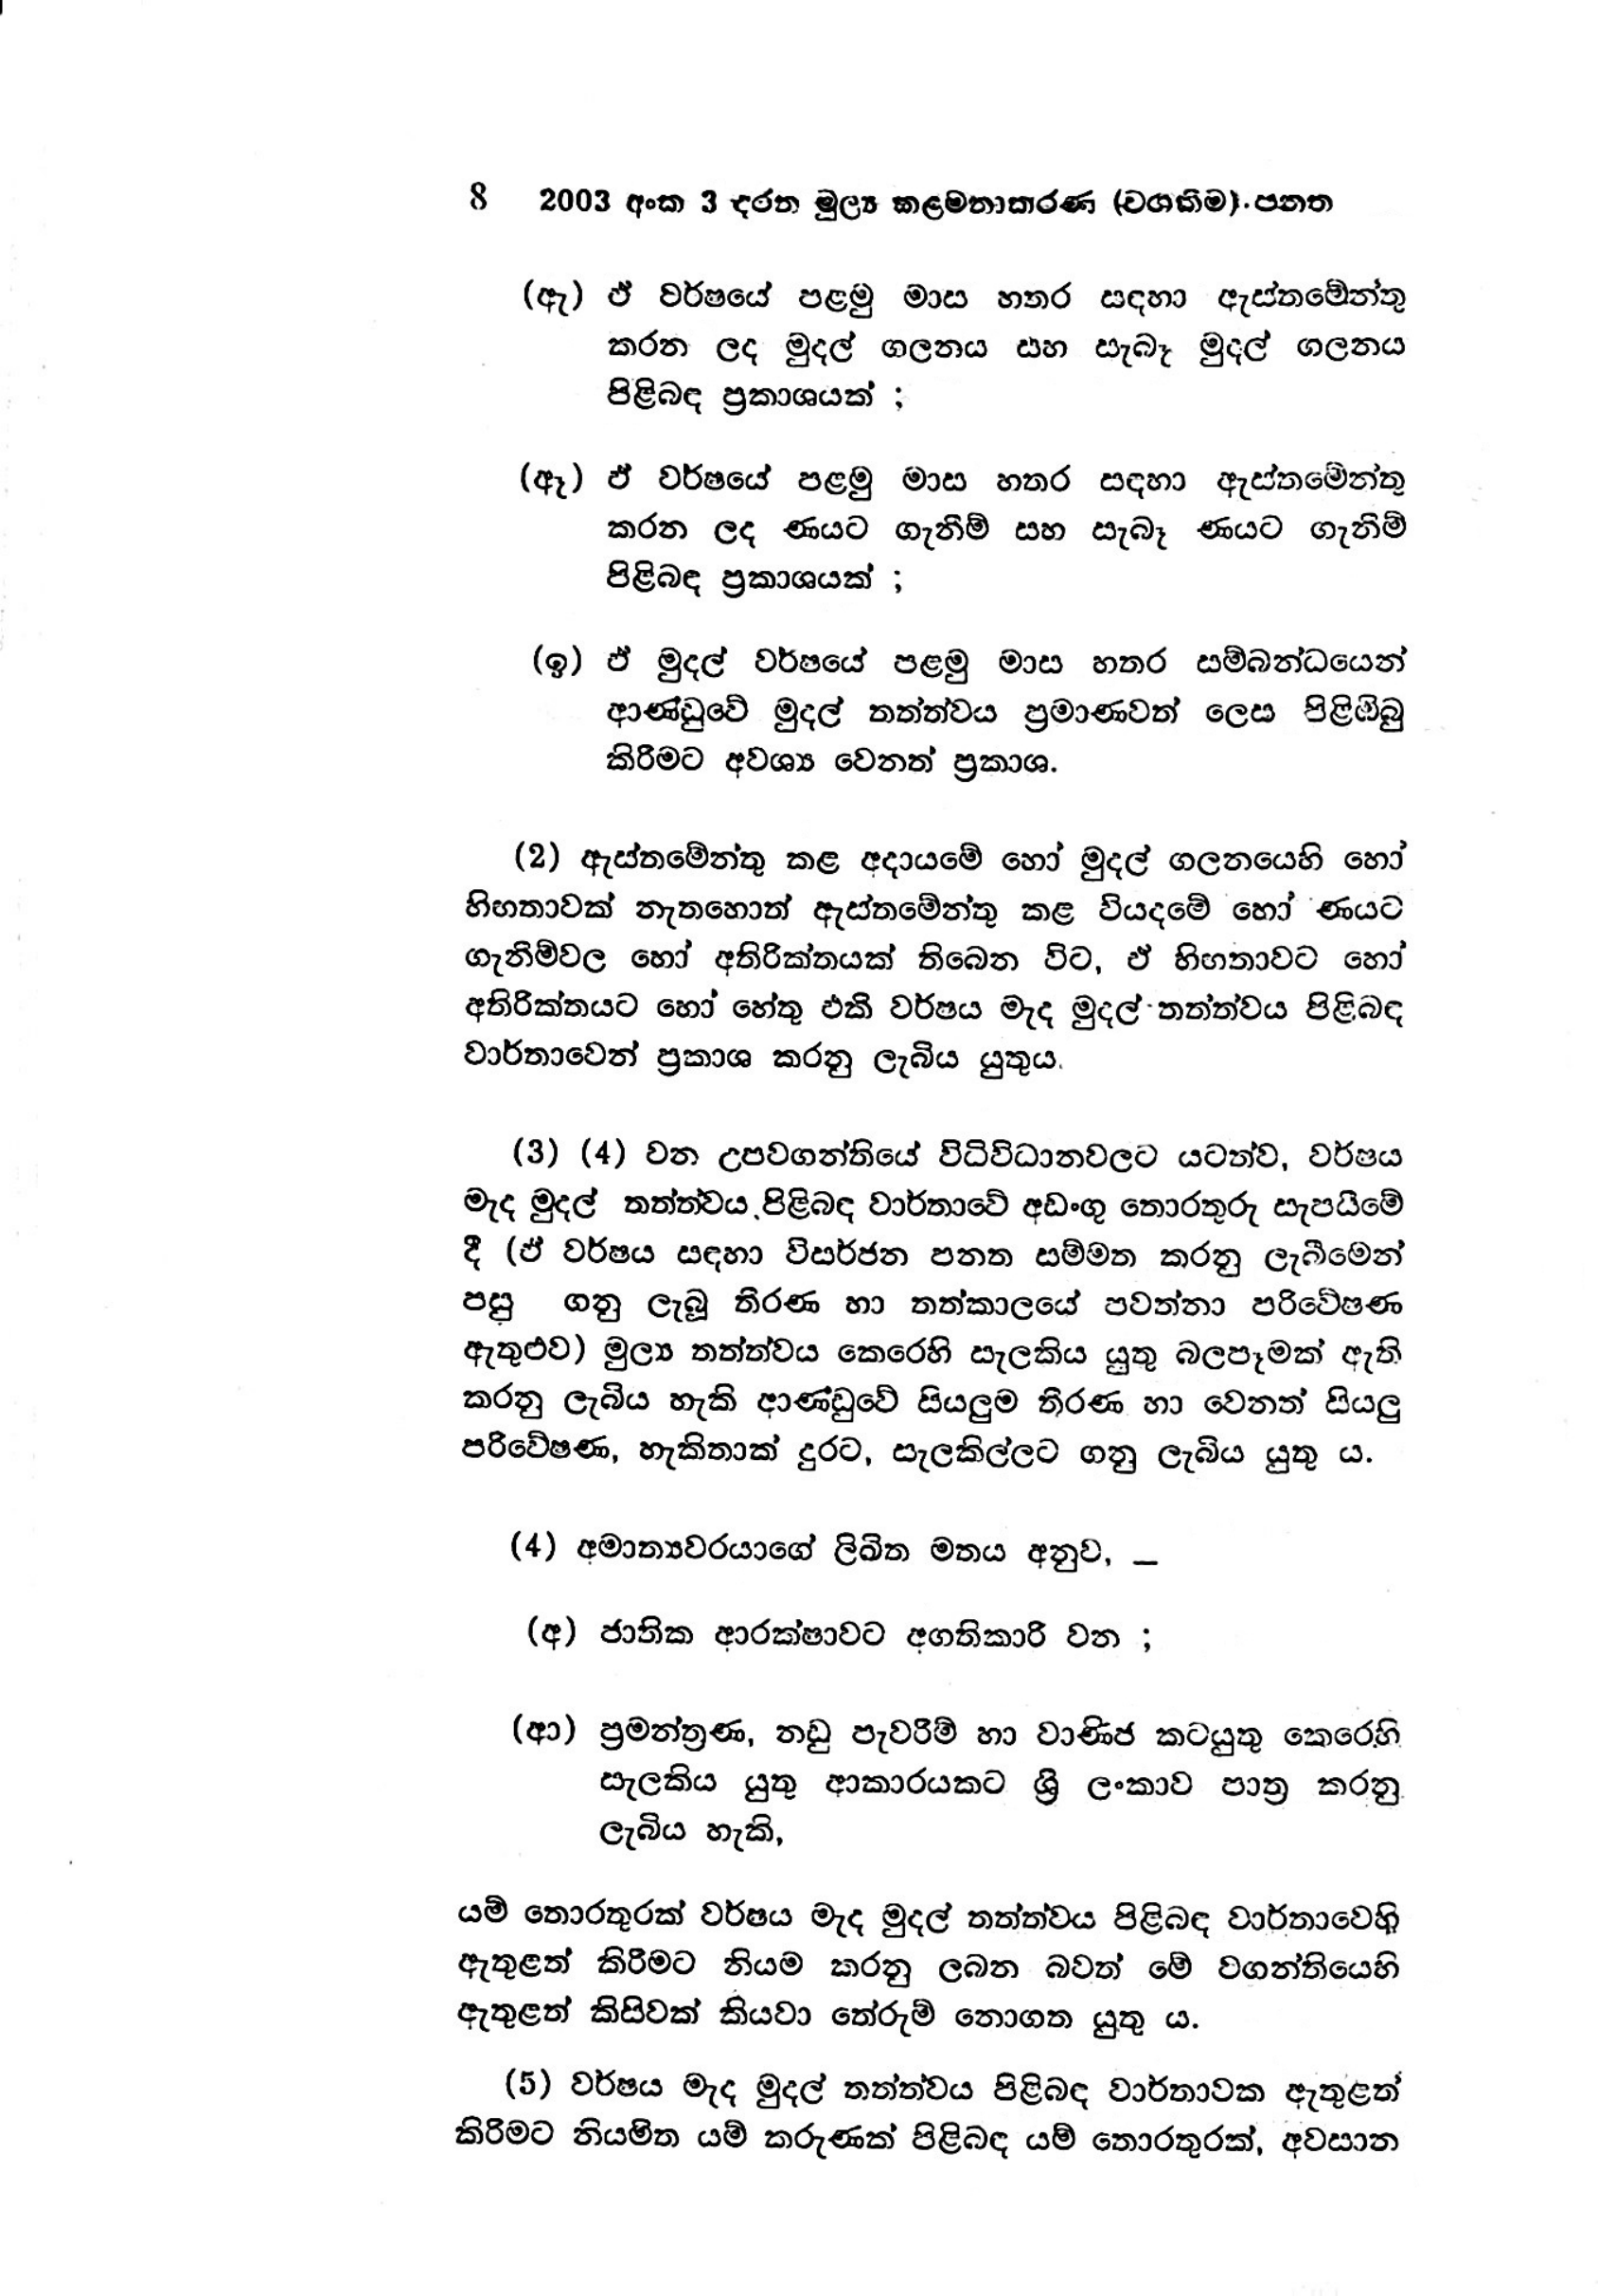
8 2003 අංක 3 දරන මුල්‍ය කළමනාකරණ (වගකීම) පනත

(ඇ) ඒ වර්ෂයේ පළමු මාස හතර සඳහා ඇස්තමේන්තු
කරන ලද මුදල් ගලනය සහ සැබෑ මුදල් ගලනය
පිළිබඳ ප්‍රකාශයක් ;

(ඈ) ඵ් වර්ෂයේ පළමු මාස හතර සඳහා ඇස්තමේන්තු
කරන ලද ණයට ගැනීම් සහ සැබෑ ණයට ගැනීම්
පිළිබඳ ප්‍රකාශයක් ;

(ඉ) ඒ මුදල් වර්ෂයේ පළමු මාස හතර සම්බන්ධයෙන්
ආණ්ඩුවේ මුදල් තත්ත්වය ප්‍රමාණවත් ලෙස පිළිඹිබු
කිරීමට අවශ්‍ය වෙනත් ප්‍රකාශ.

(2) ඇස්තමේන්තු කළ අදායමේ හෝ මුදල් ගලනයෙහි හෝ
හිඟතාවක් නැතහොත් ඇස්තමේන්තු කළ වියදමේ හෝ ණයට
ගැනිම්වල හෝ අතිරික්තයක් තිබෙන විට, ඒ හිඟතාවට හෝ
අතිරික්තයට හෝ හේතු එකි වර්ෂය මැද මුදල් තත්ත්වය පිළිබඳ
වාර්තාවෙන් ප්‍රකාශ කරනු ලැබිය යුතුය.

(3) (4) වන උපවගන්තියේ විධිවිධානවලට යටත්ව, වර්ෂය
මැද මුදල් තත්ත්වය,පිළිබඳ වාර්තාවේ අඩංගු තොරතුරු සැපයීමේ
දී (ඒ වර්ෂය සඳහා විසර්ජන පනත සම්මත කරනු ලැබීමෙන්
පසු ගනු ලැබූ තීරණ හා තත්කාලයේ පවත්නා පරිවේෂණ
ඇතුළුව) මුල්‍ය තත්ත්වය කෙරෙහි සැලකිය යුතු බලපෑමක් ඇති
කරනු ලැබිය හැකි ආණ්ඩුවේ සියලුම තීරණ හා වෙනත් සියලු
පරිවේෂණ, හැකිතාක් දුරට, සැලකිල්ලට ගනු ලැබිය යුතු ය.

(4) අමාත්‍යවරයාගේ ලිඛිත මතය අනුව,-

(අ) ජාතික ආරක්ෂාවට අගතිකාරී වන ;

(ආ) ප්‍රමන්ත්‍රණ, නඩු පැවරීම් හා වාණිජ කටයුතු කෙරෙහි
සැලකිය යුතු ආකාරයකට ශ්‍රි ලංකාව පාත්‍ර කරනු
ලැබිය හැකි,

යම් තොරතුරක් වර්ෂය මැද මුදල් තත්ත්වය පිළිබඳ වාර්තාවෙහි
ඇතුළත් කිරීමට නියම කරනු ලබන බවත් මේ වගන්තියෙහි
ඇතුළත් කිසිවක් කියවා තේරුම් නොගත යුතු ය.

(5) වර්ෂය මැද මුදල් තත්ත්වය පිළිබඳ වාර්තාවක ඇතුළත්
කිරීමට නියමිත යම් කරුණක් පිළිබඳ යම් තොරතුරක්, අවසාන